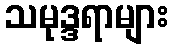
သမုဒ္ဒရာများ